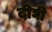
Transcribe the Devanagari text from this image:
दीघी